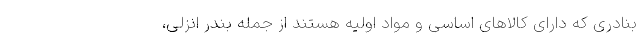
بنادری که دارای کالاهای اساسی و مواد اولیه هستند از جمله بندر انزلی،